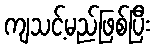
ကျသင့်မည်ဖြစ်ပြီး